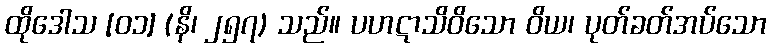
ထိုဒေါသ [၀၁] (နိ၊ ၂၅၇) သည်။ ပဟဋာသိဝိသော ဝိယ၊ ပုတ်ခတ်အပ်သော